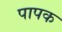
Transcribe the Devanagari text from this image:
पापक